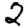
Digit: 2